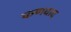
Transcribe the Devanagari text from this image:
कणवाद